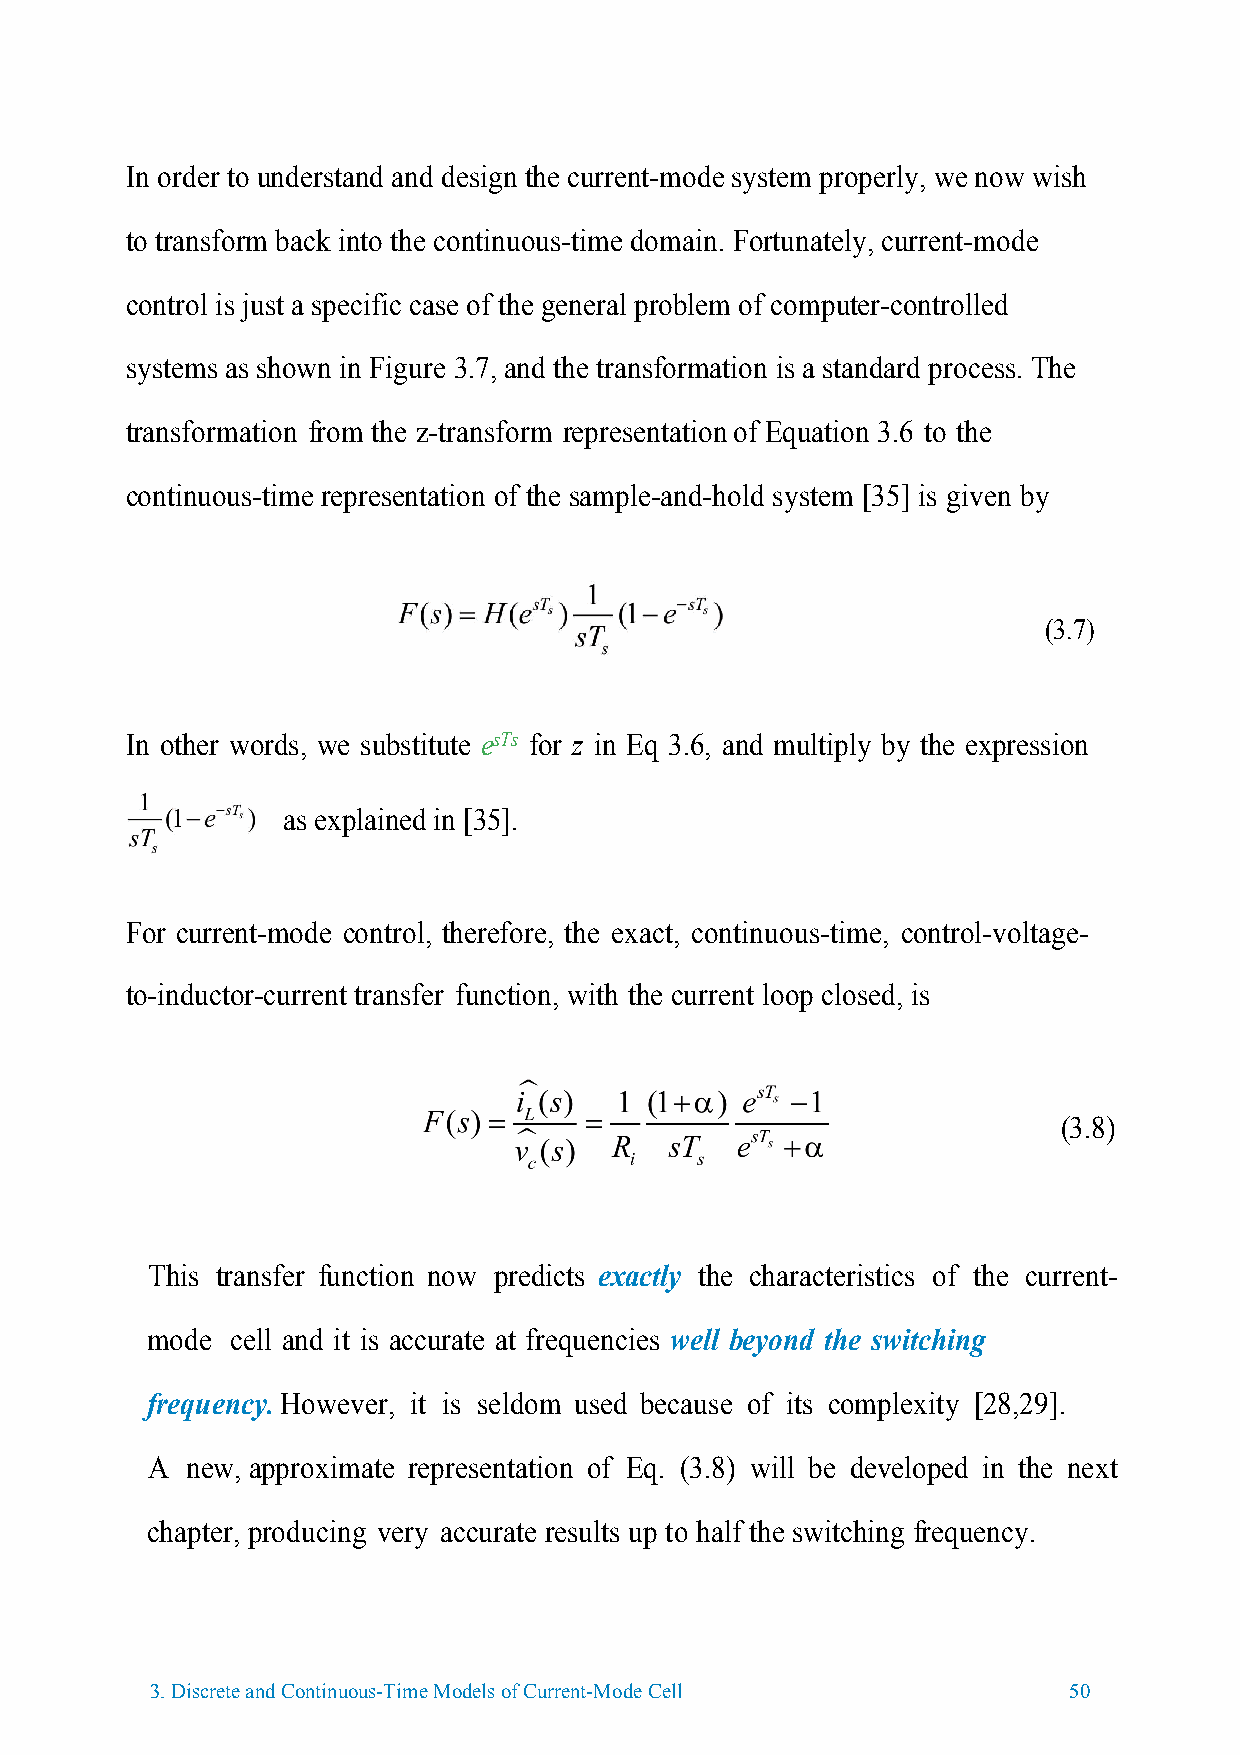
In order to understand and design the current-mode system properly, we now wish
 to transform back into the continuous-time domain. Fortunately, current-mode
 control is just a specific case of the general problem of computer-controlled
 systems as shown in Figure 3.7, and the transformation is a standard process. The
 transformation from the z-transform representation of Equation 3.6 to the
 continuous-time representation of the sample-and-hold system [35] is given by
 (3.7)
 In other words, we substitute esTs for z in Eq 3.6, and multiply by the expression
 as explained in [35].
 For current-mode control, therefore, the exact, continuous-time, control-voltage-
 to-inductor-current transfer function, with the current loop closed, is
 (3.8)
 This transfer function now predicts exactly the characteristics of the current-
 mode cell and it is accurate at frequencies well beyond the switching
 frequency. However, it is seldom used because of its complexity [28,29].
 A new, approximate representation of Eq. (3.8) will be developed in the next
 chapter, producing very accurate results up to half the switching frequency.
 3.Discrete and Continuous-Time Models of Current-Mode Cell   50